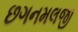
છગનમલજી